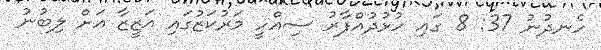
ހެނދުނު 37: 8 ގައި ހުޅުދުއްފާރު ސިއްހީ މަރުކަޒުގައި އަޒީޒާ އަށް ލިބުނު